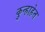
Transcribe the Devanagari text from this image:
कुन्हाहेत